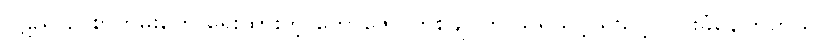
ပဋိညာဉ် စာတမ်းတွေ ရေးထားတဲ့ ကော်ဇော တစ်ချပ်ကို သူရသင့် ရသင့် ငြင်းခုံနေကြတယ်